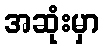
အဆုံးမှာ